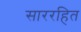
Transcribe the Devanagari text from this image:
साररहित